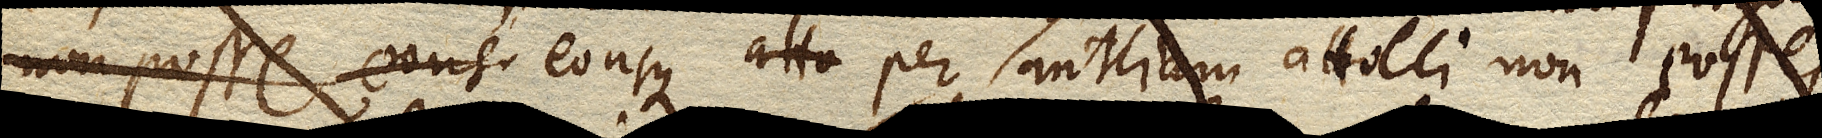
eousque per Antliam attolli non posse,